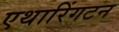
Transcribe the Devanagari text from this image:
एथारिंगटन